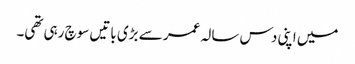
میں اپنی دس سالہ عمر سے بڑی باتیں سوچ رہی تھی۔